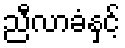
ညီလာခံနှင့်